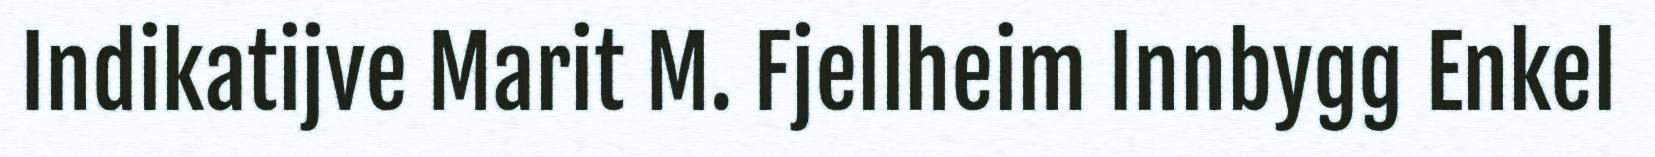
Indikatijve Marit M. Fjellheim Innbygg Enkel